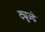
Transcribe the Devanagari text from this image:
ट्यूज्डे